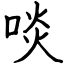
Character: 啖